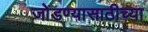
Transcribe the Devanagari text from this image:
जोडण्यासाठीच्या